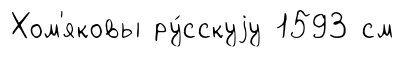
Хом'яковы ру́сскуjу 1593 см